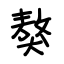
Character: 獒